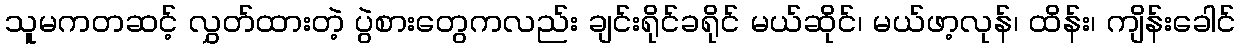
သူမကတဆင့် လွှတ်ထားတဲ့ ပွဲစားတွေကလည်း ချင်းရိုင်ခရိုင် မယ်ဆိုင်၊ မယ်ဖာ့လုန်၊ ထိန်း၊ ကျိန်းခေါင်